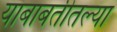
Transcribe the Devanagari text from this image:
याबाबतीतल्या